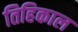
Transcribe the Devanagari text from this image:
तिहिकाल